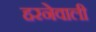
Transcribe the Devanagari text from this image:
हरनेवाली